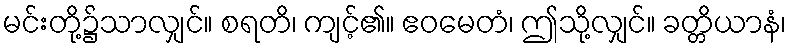
မင်းတို့၌သာလျှင်။ စရတိ၊ ကျင့်၏။ ဧဝမေတံ၊ ဤသို့လျှင်။ ခတ္တိယာနံ၊